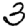
Digit: 3